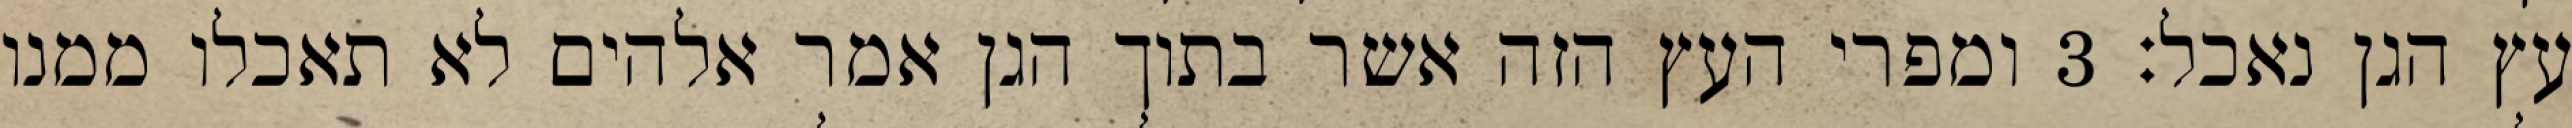
עץ הגן נאכל׃ ‎3‏ ומפרי העץ הזה אשר בתוך הגן אמר אלהים לא תאכלו ממנו